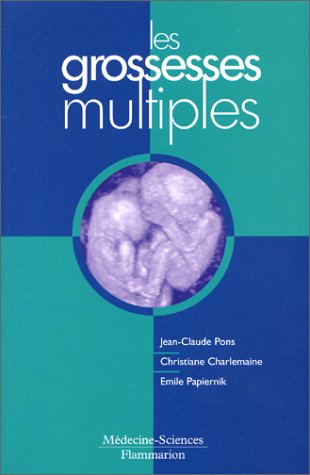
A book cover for Les grossesses multiples; Jean-Claude Pons; Parenting & Relationships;